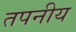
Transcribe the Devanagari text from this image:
तपनीय